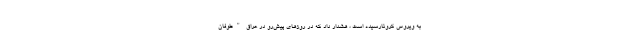
به ویروس کرونارسیده است ، هشدار داد که در روزهای پیش‌رو در عراق "طوفان